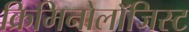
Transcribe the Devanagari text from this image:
क्रिमिनोलॉजिस्ट